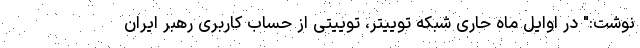
نوشت:" در اوایل ماه حاری شبکه توییتر، توییتی از حساب کاربری رهبر ایران